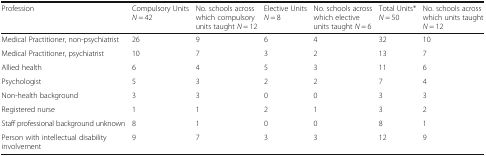
| Profession | Compulsory Units N = 42 | No. schools across which compulsory units taught N = 12 | Elective Units N = 8 | No. schools across which elective units taught N = 6 | Total Units* N = 50 | No. schools across which units taught N = 12 |
 | --- | --- | --- | --- | --- | --- | --- |
 | Medical Practitioner, non-psychiatrist | 26 | 9 | 6 | 4 | 32 | 10 |
 | Medical Practitioner, psychiatrist | 10 | 7 | 3 | 2 | 13 | 7 |
 | Allied health | 6 | 4 | 5 | 3 | 11 | 6 |
 | Psychologist | 5 | 3 | 2 | 2 | 7 | 4 |
 | Non-health background | 3 | 3 | 0 | 0 | 3 | 3 |
 | Registered nurse | 1 | 1 | 2 | 1 | 3 | 2 |
 | Staff professional background unknown | 8 | 1 | 0 | 0 | 8 | 1 |
 | Person with intellectual disability involvement | 9 | 7 | 3 | 3 | 12 | 9 |